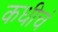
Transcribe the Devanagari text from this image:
कधीचं